Report of the veterinary officer investigating camel disease
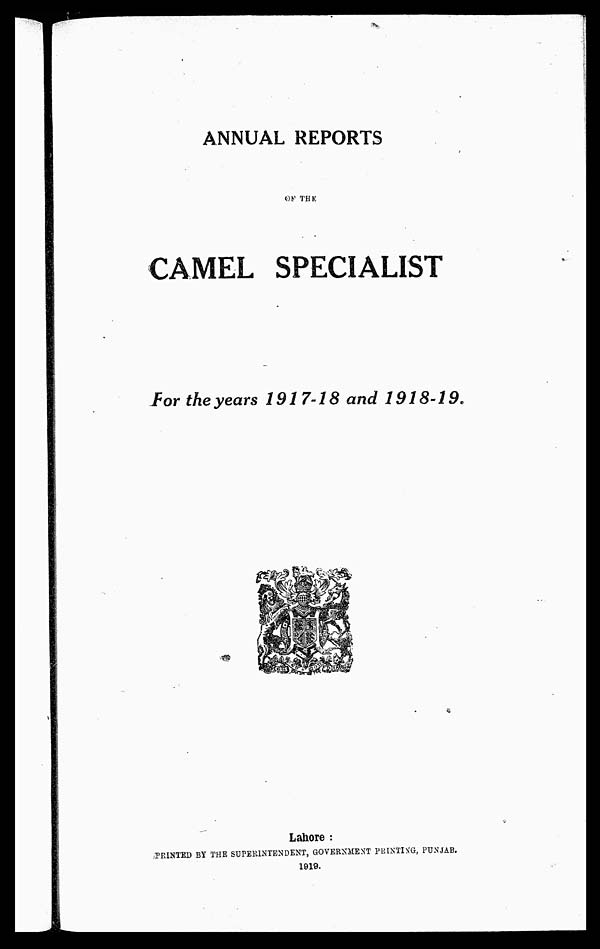
ANNUAL REPORTS
OF THE
CAMEL SPECIALIST
For the years 1917-18 and
1918-19.
Lahore :
PRINTED BY THE SUPERINTENDENT, GOVERNMENT PKISTIN'G, PUNJAB.
1919.